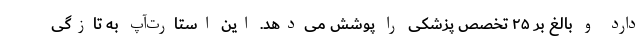
دارد و بالغ بر ۲۵ تخصص پزشکی را پوشش می‌دهد. این استارت‌آپ به تازگی